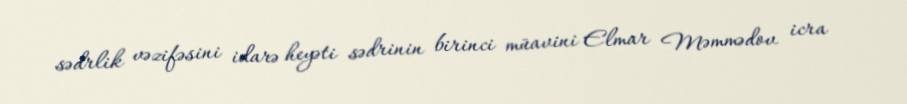
sədrlik vəzifəsini idarə heyəti sədrinin birinci müavini Elmar Məmmədov icra